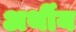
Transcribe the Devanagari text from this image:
अर्थीय